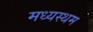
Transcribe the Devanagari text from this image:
मध्‍यस्‍थम